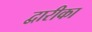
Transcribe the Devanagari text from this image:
द्वारीका